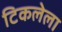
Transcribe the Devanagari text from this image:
टिकलेला